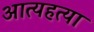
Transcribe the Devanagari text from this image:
आत्यहत्या